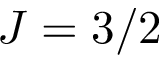
J = 3 / 2